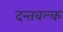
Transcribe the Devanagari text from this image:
दन्तवल्क